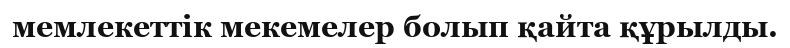
мемлекеттік мекемелер болып қайта құрылды.